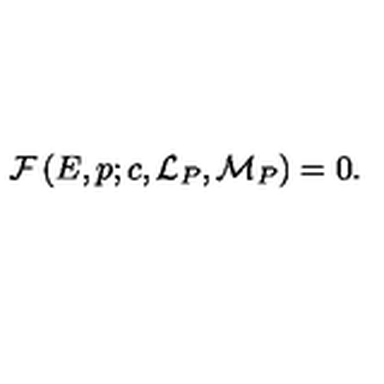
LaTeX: { \cal F } \left( E , p ; c , { \cal L } _ { P } , { \cal M } _ { P } \right) = 0 .